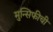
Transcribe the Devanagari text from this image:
मुन्सिफीची